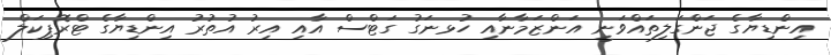
އިންޑިޔާގެ ޖަންގަލިތައްވަނީ އަންޒަމާނާއި ހުޅނަގު ގަޓްސް އާއި އިރު އުތުރު އިންޑިޔާގެ ޓްރޮޕިކަލް